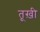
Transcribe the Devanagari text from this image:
तूख़ी